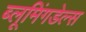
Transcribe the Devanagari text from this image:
ब्लूमिंगडेल्स